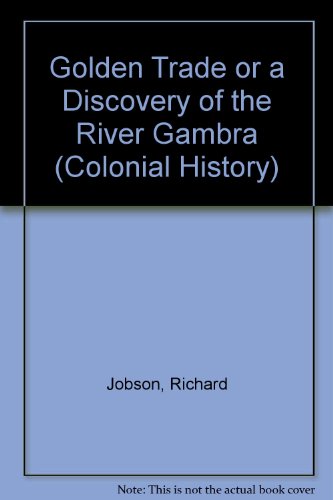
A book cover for Golden Trade or a Discovery of the River Gambra (Colonial History); Richard Jobson; Travel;